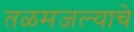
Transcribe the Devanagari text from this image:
तळमजल्याचे